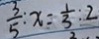
\frac { 3 } { 5 } : x = \frac { 1 } { 3 } : 2